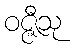
ဝဇ္ဇီသု